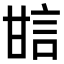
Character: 𤯆